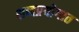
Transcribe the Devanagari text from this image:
शब्दप्रयोगात